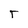
Character: T